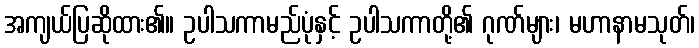
အကျယ်ပြဆိုထား၏။ ဥပါသကာမည်ပုံနှင့် ဥပါသကာတို့၏ ဂုဏ်များ၊ မဟာနာမသုတ်၊